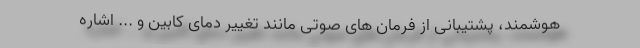
هوشمند، پشتیبانی از فرمان های صوتی مانند تغییر دمای کابین و ... اشاره